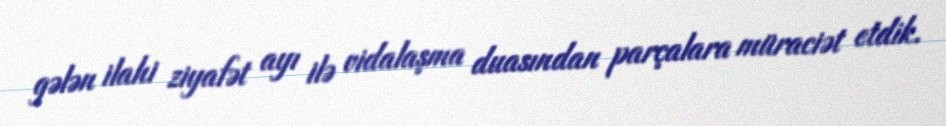
gələn ilahi ziyafət ayı ilə vidalaşma duasından parçalara müraciət etdik.